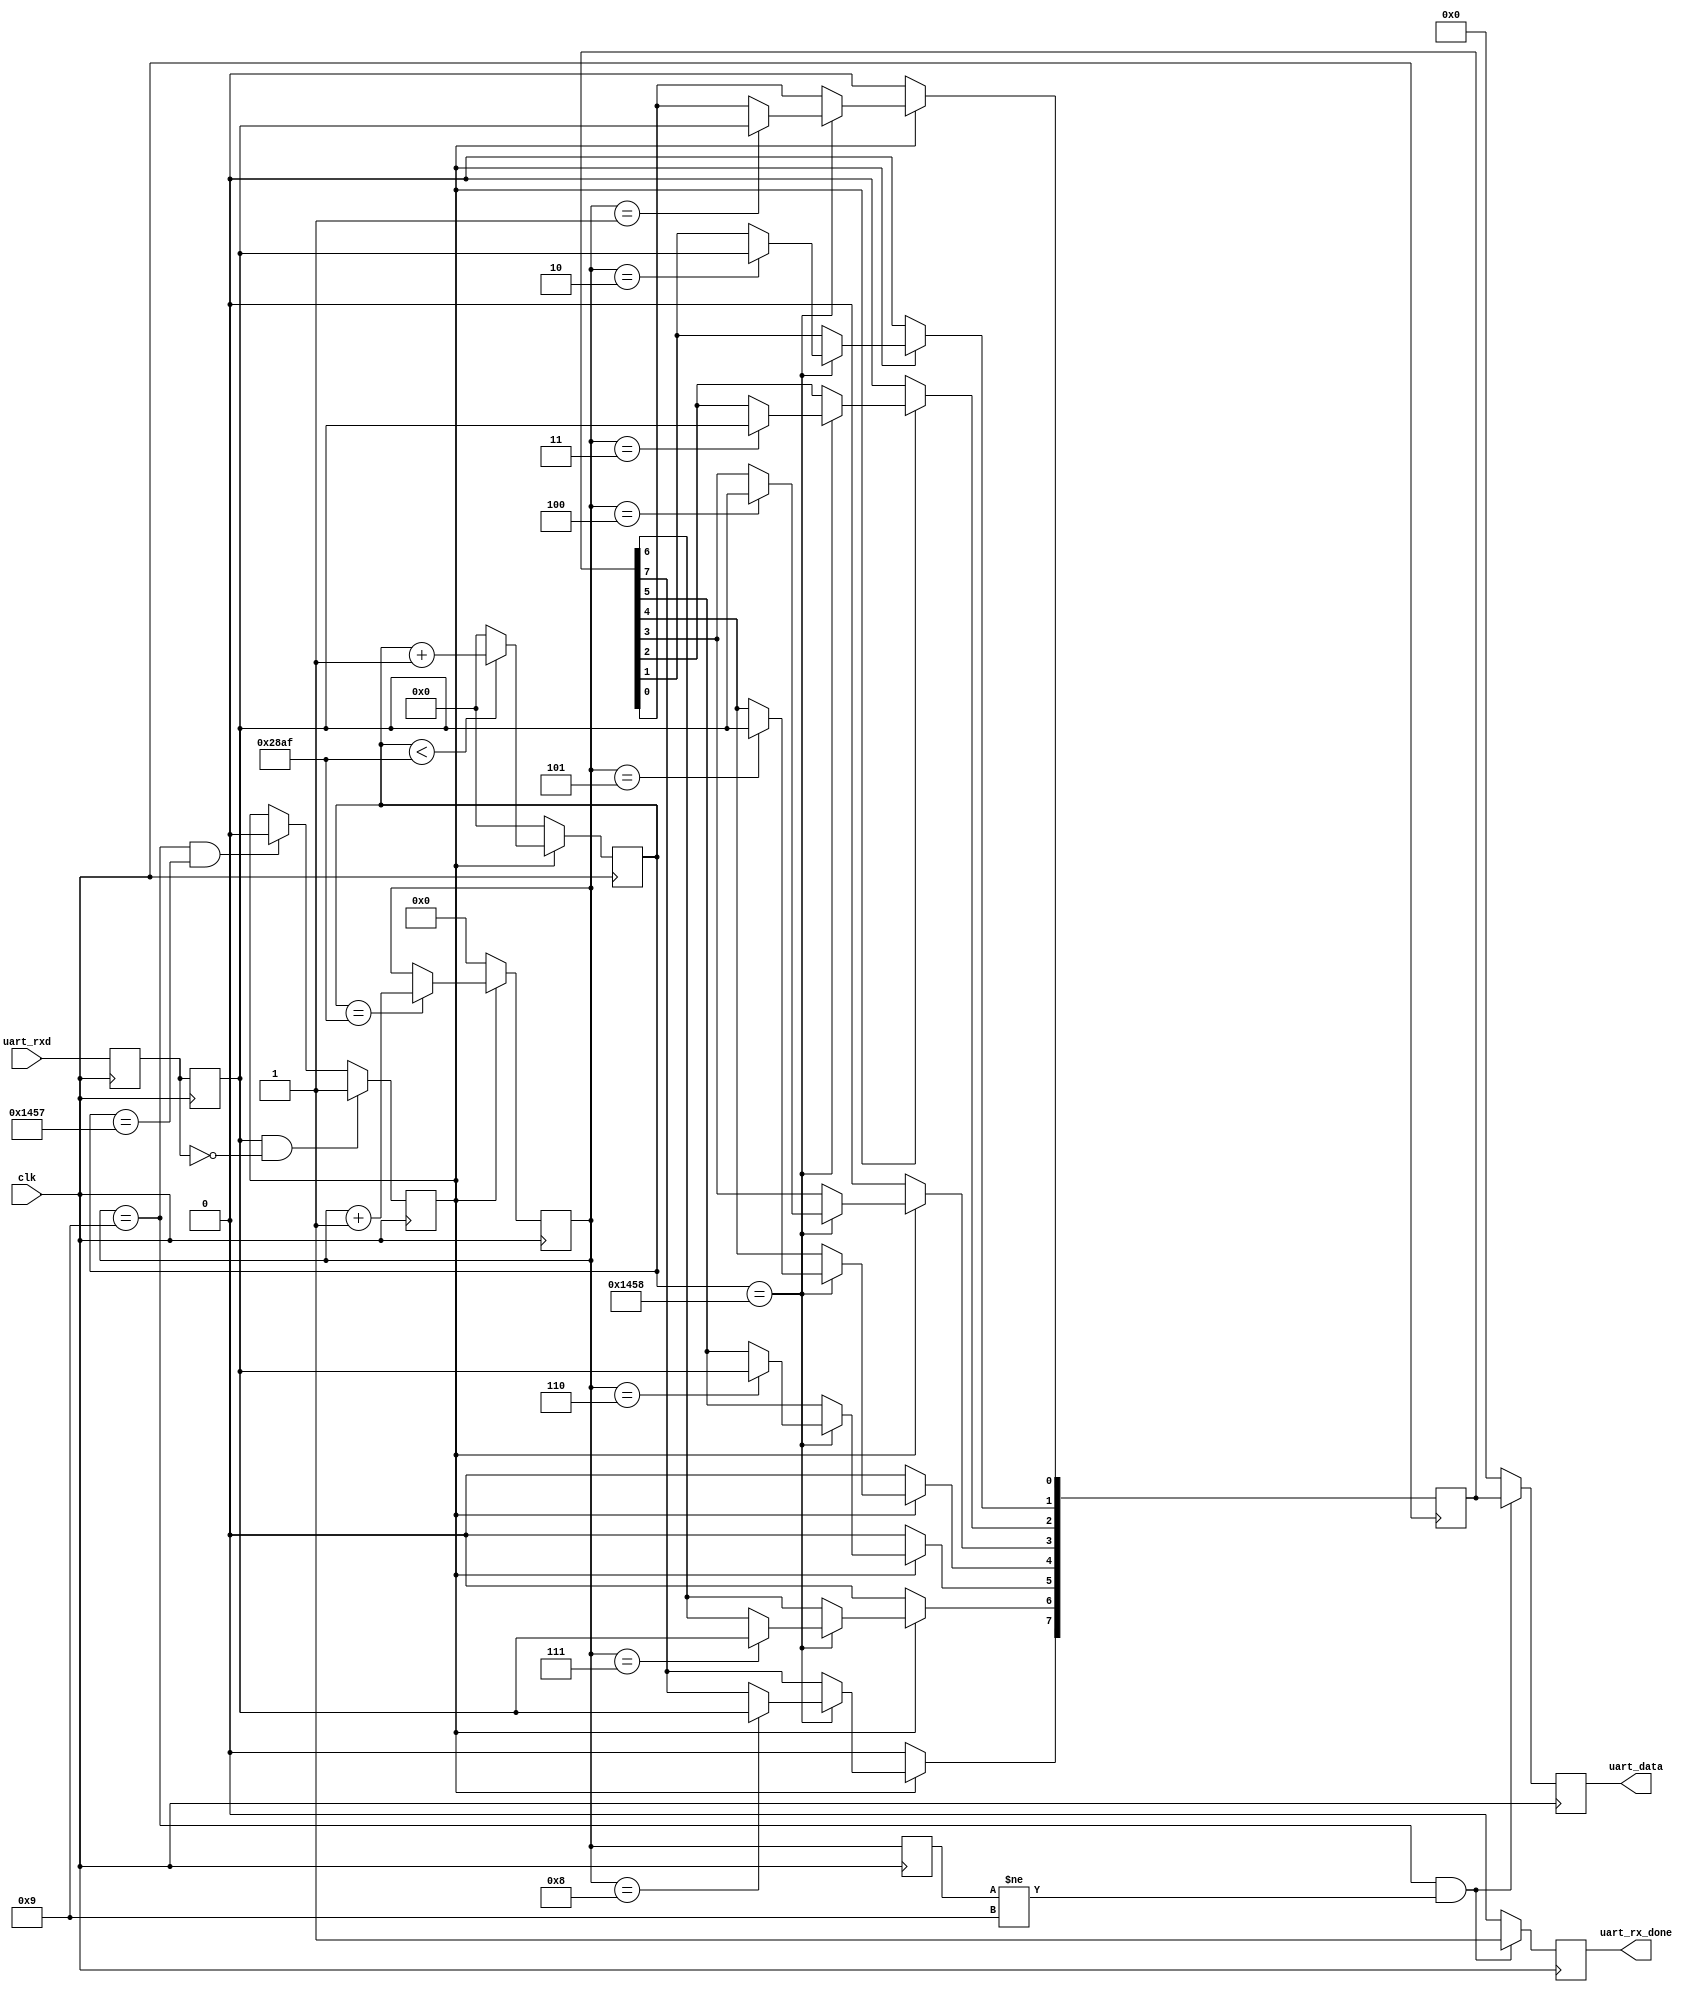
`timescale 1ns / 1ps
//////////////////////////////////////////////////////////////////////////////////
// Company: 
// Engineer: 
// 
// Design Name: 
// Module Name: uart_rx
// Project Name: 
// Target Devices: 
// Tool Versions: 
// Description: 
// 
// Dependencies: 
// 
// Revision:
// Revision 0.01 - File Created
// Additional Comments:
// 
//////////////////////////////////////////////////////////////////////////////////


module uart_rx(
    input clk, // 100mhz clock
    input uart_rxd, // raw data
    output reg[7:0] uart_data,
    output reg uart_rx_done
    );

    reg uart_rxd_tmp0;
    reg uart_rxd_tmp1;
    reg rx_flag;
    reg[3:0] rx_cnt;
    reg[15:0] clk_cnt;
    reg[7:0] rx_data;
    reg[3:0] last_rx_cnt;
    wire start;
    // config
    parameter CLK_FREQ = 100_000_000; 
    parameter UATR_FREQ = 9600; 
    parameter BSP_CNT = CLK_FREQ/UATR_FREQ;

    initial 
    begin
        rx_cnt = 0;
        rx_flag = 0;
        uart_rxd_tmp0 = 0;
        uart_rxd_tmp1 = 0;
        clk_cnt = 0;
        rx_data = 0;
        last_rx_cnt = 0;
        uart_rx_done = 0;
    end

    // start
    assign start = uart_rxd_tmp1 & (~uart_rxd_tmp0);
    always @(posedge clk)
    begin 
        uart_rxd_tmp0 <= uart_rxd; 
        uart_rxd_tmp1 <= uart_rxd_tmp0; 
    end

    //rx_flag 
    always @(posedge clk)
    begin 
        if(start)
        begin
            rx_flag <= 1'd1;
        end
        else if(rx_cnt == 4'd9 && clk_cnt == BSP_CNT/2 - 1'd1)
        begin
            rx_flag <= 1'd0; 
        end
    end

    // clk_cnt 
    always @(posedge clk)
    begin 
        if (rx_flag)
        begin 
            if (clk_cnt < BSP_CNT - 1'd1)
            begin
                clk_cnt <= clk_cnt + 1'd1;
            end
            else
            begin
                clk_cnt <= 16'd0; 
            end
        end 
        else
        begin
            clk_cnt <= 16'd0;
        end
    end
    
    // rx_cnt
    always @(posedge clk)
    begin 
        last_rx_cnt <= rx_cnt;
        if (rx_flag)
        begin 
            if (clk_cnt == BSP_CNT - 1'd1)
            begin
                rx_cnt <= rx_cnt + 4'd1;
            end
        end 
        else
        begin
            rx_cnt <= 4'd0;
        end 
    end

    // rx_data
    always @(posedge clk)
    begin 
        if (rx_flag)
        begin
            if (clk_cnt == BSP_CNT/2)
            begin 
                case(rx_cnt)
                    4'd1: rx_data[0] <= uart_rxd_tmp1; 
                    4'd2: rx_data[1] <= uart_rxd_tmp1; 
                    4'd3: rx_data[2] <= uart_rxd_tmp1; 
                    4'd4: rx_data[3] <= uart_rxd_tmp1; 
                    4'd5: rx_data[4] <= uart_rxd_tmp1; 
                    4'd6: rx_data[5] <= uart_rxd_tmp1; 
                    4'd7: rx_data[6] <= uart_rxd_tmp1; 
                    4'd8: rx_data[7] <= uart_rxd_tmp1;
                    default:; 
                endcase
            end
        end
        else
        begin 
            rx_data <= 8'd0;
        end
    end

    //rx_data 
    always @(posedge clk)
    begin 
        if (rx_cnt == 4'd9 && last_rx_cnt != 4'd9)
        begin 
            uart_rx_done <= 1'd1;
            uart_data <= rx_data;
        end
        else 
        begin
            uart_rx_done <= 1'd0;  
            uart_data <= 0;
        end
    end
endmodule